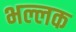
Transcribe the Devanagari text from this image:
भल्लक